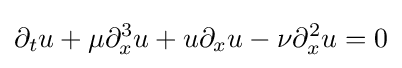
\displaystyle \partial _{t}u+\mu \partial _{x}^{3}u+u\partial _{x}u-\nu \partial _{x}^{2}u=0